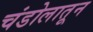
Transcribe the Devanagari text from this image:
चंडोलातून